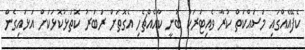
ކެފޭއެއްގައި މަސައްކަތް ކުރާ ވެއިޓަރަކު ބުނީ ކާއެއްޗެހި އެގޮތަށް ރަބަރު ކޮތަޅުކޮޅަކަށް އަޅައިގެން